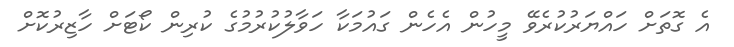
އެ ގޮތަށް ހައްޔަރުކުރެވޭ މީހުން އެހެން ގައުމަކާ ހަވާލުކުރުމުގެ ކުރިން ކޯޓަށް ހާޒިރުކޮށް